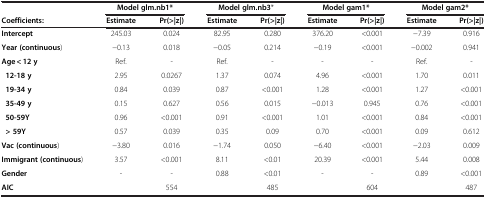
|  | <COLSPAN=2> Model glm.nb1* | <COLSPAN=2> Model glm.nb3* | <COLSPAN=2> Model gam1* | <COLSPAN=2> Model gam2* |
 | Coefficients: | Estimate | Pr(>|z|) | Estimate | Pr(>|z|) | Estimate | Pr(>|z|) | Estimate | Pr(>|z|) |
 | --- | --- | --- | --- | --- | --- | --- | --- | --- |
 | Intercept | 245.03 | 0.024 | 82.95 | 0.280 | 376.20 | <0.001 | −7.39 | 0.916 |
 | Year (continuous) | −0.13 | 0.018 | −0.05 | 0.214 | −0.19 | <0.001 | −0.002 | 0.941 |
 | Age < 12 y | Ref. | - | Ref. | - | - | - | Ref. | - |
 | 12-18 y | 2.95 | 0.0267 | 1.37 | 0.074 | 4.96 | <0.001 | 1.70 | 0.011 |
 | 19-34 y | 0.84 | 0.039 | 0.87 | <0.001 | 1.28 | <0.001 | 1.27 | <0.001 |
 | 35-49 y | 0.15 | 0.627 | 0.56 | 0.015 | −0.013 | 0.945 | 0.76 | <0.001 |
 | 50-59Y | 0.96 | <0.001 | 0.91 | <0.001 | 1.01 | <0.001 | 0.84 | <0.001 |
 | > 59Y | 0.57 | 0.039 | 0.35 | 0.09 | 0.70 | <0.001 | 0.09 | 0.612 |
 | Vac (continuous) | −3.80 | 0.016 | −1.74 | 0.050 | −6.40 | <0.001 | −2.03 | 0.009 |
 | Immigrant (continuous) | 3.57 | <0.001 | 8.11 | <0.01 | 20.39 | <0.001 | 5.44 | 0.008 |
 | Gender | - | - | 0.88 | <0.01 | - | - | 0.89 | <0.001 |
 | AIC |  | 554 |  | 485 |  | 604 |  | 487 |